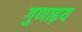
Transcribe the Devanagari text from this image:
गुणाढ़य